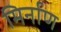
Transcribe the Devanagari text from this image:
मिर्नाण